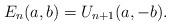
LaTeX: \begin{align*}E_n(a,b)=U_{n+1}(a,-b). \end{align*}